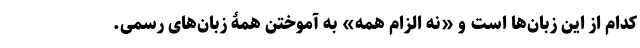
کدام از این زبان‌ها است و «نه الزام همه» به آموختن همۀ زبان‌های رسمی.